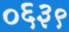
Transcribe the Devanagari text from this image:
०६३९